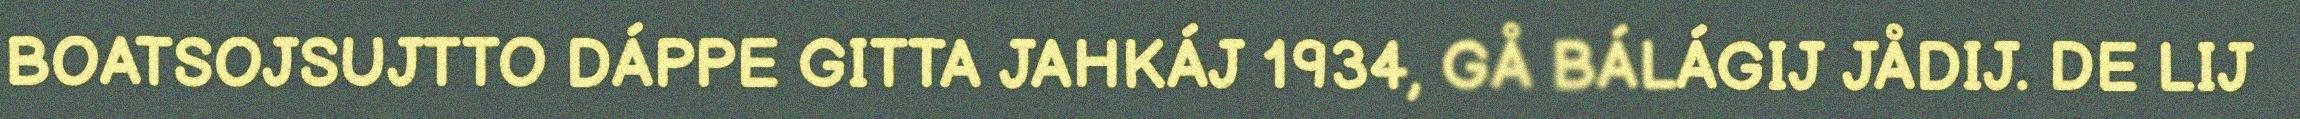
BOATSOJSUJTTO DÁPPE GITTA JAHKÁJ 1934, GÅ BÁLÁGIJ JÅDIJ. DE LIJ